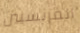
الفرنسيين